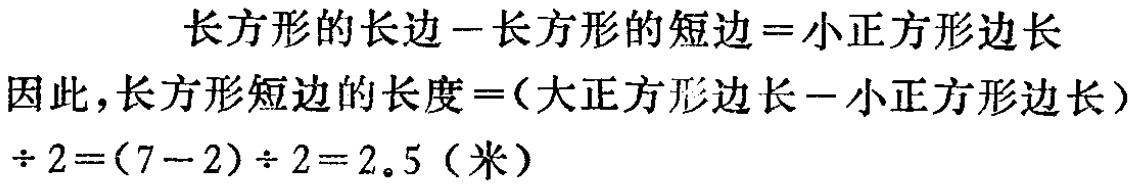
长方形的长边-长方形的短边=小正方形边长

因此，长方形短边的长度=(大正方形边长-小正方形边长)÷2=(7-2)÷2=2.5（米）